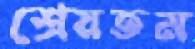
শ্রেয়তম